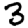
Digit: 3